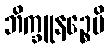
ဘိက္ခူနဉ္စေပိ